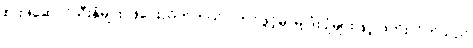
စားဖိုဆောင်သီးနှံများ ဖြဲပေးလိုက်တယ်ပါကင်ဖွင့်မှာမို့ ဒုံးပျံများဖြင့် ဖိတိုးလိုက်သည်